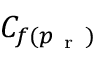
C _ { f ( p _ { \mathrm { ~ r ~ } } ) }